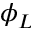
\phi _ { L }